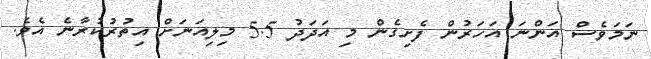
ނަމަވެސް އަންނަ އަހަރުން ފެށިގެން މި އަދަދު 5.5 މިލިއަނަށް އިތުރުކުރާނެ އެވެ.